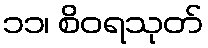
၁၁၊ စိဝရသုတ်